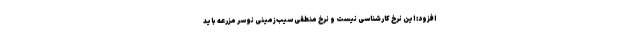
افزود: این نرخ کارشناسی نیست و نرخ منطقی سیب‌زمینی نو سر مزرعه باید